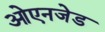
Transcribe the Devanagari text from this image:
ओएनजेड